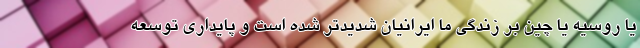
یا روسیه یا چین بر زندگی ما ایرانیان شدیدتر شده است و پایداری توسعه